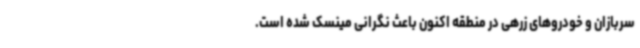
سربازان و خودروهای زرهی در منطقه اکنون باعث نگرانی مینسک شده است.